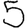
Digit: 5